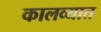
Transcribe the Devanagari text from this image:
कालव्यात